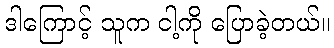
ဒါကြောင့် သူက ငါ့ကို ပြောခဲ့တယ်။